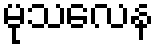
မုသလေန